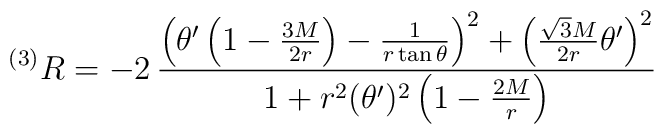
^{(3)}R = - 2\, \frac{\left( \theta ' \left( 1 - \frac{3M}{2r} \right)- \frac{1}{r \tan  \theta  } \right) ^2+ \left( \frac{\sqrt{3}M}{2r} \theta ' \right) ^2}{1 + r^2 (\theta ')^2\left( 1 -  \frac{2M}{r} \right)}